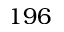
1 9 6